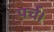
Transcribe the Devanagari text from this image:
पर्च।